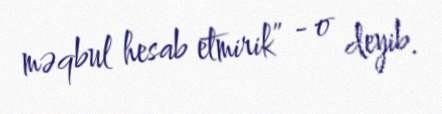
məqbul hesab etmirik” - o deyib.